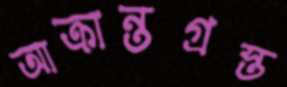
আক্রান্তগ্রস্ত